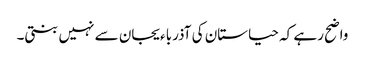
واضح رہے کہ حیاستان کی آذرباءیجان سے نہیں بنتی۔